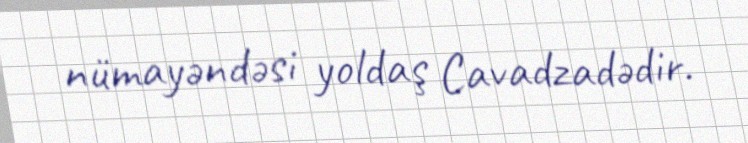
nümayəndəsi yoldaş Cavadzadədir.